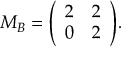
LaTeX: M _ { B } = { \left( \begin{array} { l l } { 2 } & { 2 } \\ { 0 } & { 2 } \end{array} \right) } .